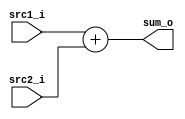
/***************************************************
Student Name: 
Student ID: 
***************************************************/

`timescale 1ns/1ps

module Adder(
    input  [32-1:0] src1_i,
	input  [32-1:0] src2_i,
	output [32-1:0] sum_o
	);
    
/* Write your code HERE */

assign sum_o = src1_i + src2_i;

endmodule